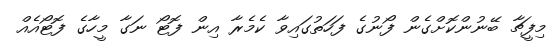
މިފީޗާ ބޭނުންކޮށްގެން ފޯނުގެ ފަހަތުގައިވާ ކެމެރާ އިން ފޮޓޯ ނަގާ މީހާގެ ފޮޓޯއެއް